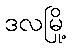
ဒလမြို့